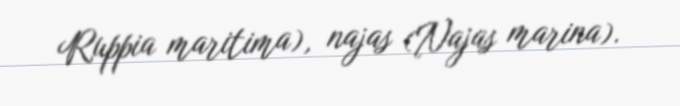
Ruppia maritima), najas (Najas marina).